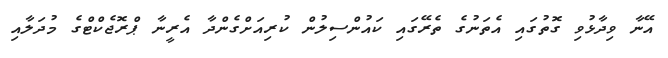
އޭނާ ވިދާޅުވި ގޮތުގައި އެތަނުގެ ތެރޭގައި ކައުންސިލުން ކުރިއަށްގެންދާ އެރީނާ ޕްރޮޖެކްޓްގެ މުދަލާއި